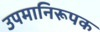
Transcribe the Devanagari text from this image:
उपमानिरूपक